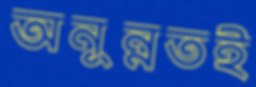
অনুন্নতই